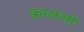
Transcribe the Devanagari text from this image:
फ्रासंसी